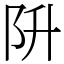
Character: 阩